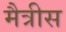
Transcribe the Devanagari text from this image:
मैत्रीस